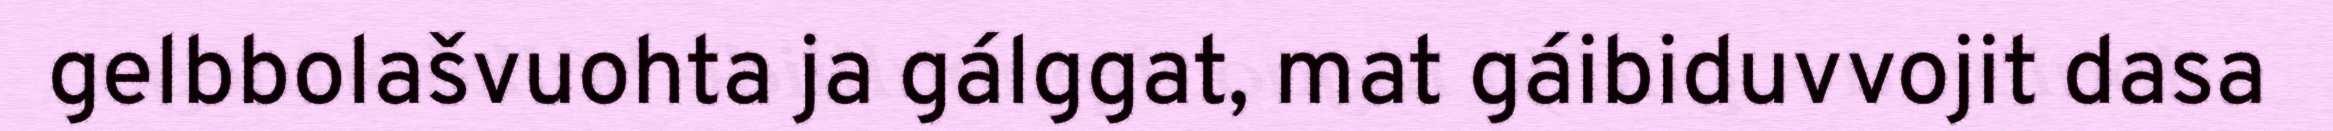
gelbbolašvuohta ja gálggat, mat gáibiduvvojit dasa